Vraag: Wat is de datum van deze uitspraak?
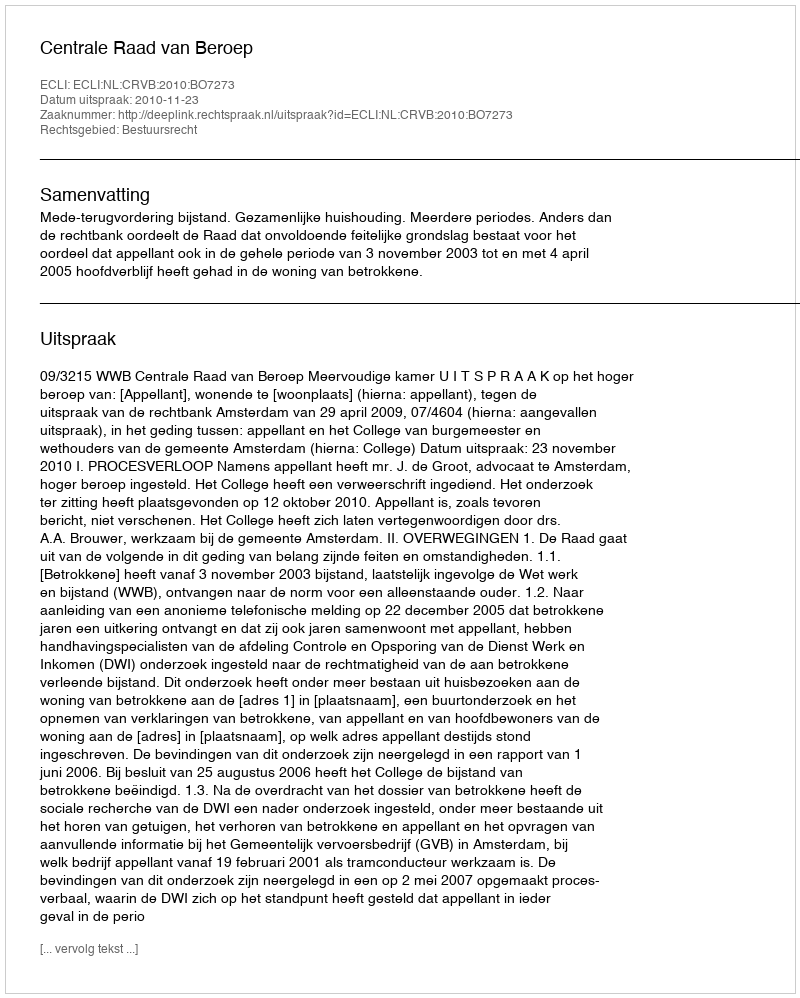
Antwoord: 2010-11-23